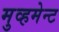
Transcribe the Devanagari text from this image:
मुव्हमेन्ट